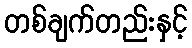
တစ်ချက်တည်းနှင့်